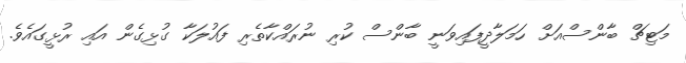
މަޓިޗް ބާންސްއަށް ހަމަލާދީފައިވަނީ ބާންސް ކުރި ނުރައްކާތެރި ފައުލަކާ ގުޅިގެން އައި ރުޅީގައެވެ.